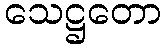
သေဋ္ဌတော